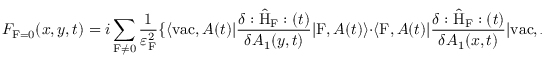
{ \cal F } _ { \mathrm { F } = 0 } ( x , y , t ) = i \sum _ { \mathrm { F } \neq 0 } \frac { 1 } { { \varepsilon } _ { \mathrm { F } } ^ { 2 } } \{ \langle \mathrm { v a c } , A ( t ) | \frac { \delta : \hat { \mathrm { H } } _ { \mathrm { F } } : ( t ) } { \delta A _ { 1 } ( y , t ) } | \mathrm { F } , A ( t ) \rangle \cdot \langle \mathrm { F } , A ( t ) | \frac { \delta : \hat { \mathrm { H } } _ { \mathrm { F } } : ( t ) } { \delta A _ { 1 } ( x , t ) } | \mathrm { v a c } , A ( t ) \rangle